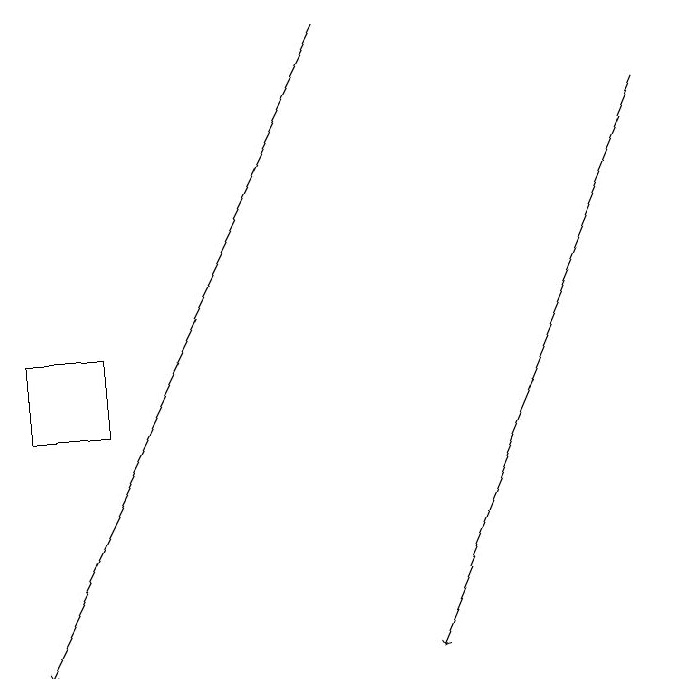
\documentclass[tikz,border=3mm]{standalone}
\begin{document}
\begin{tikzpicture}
\draw[->] (9,18) -- (6,11);
\draw[->] (5,19) -- (1,11);
\draw (1,14) rectangle (2,15);
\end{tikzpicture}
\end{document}